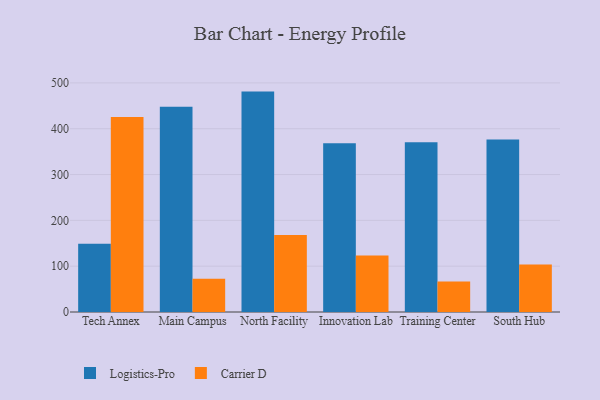
{"axis": {"x": "Campus", "y": "Backlog"}, "legend": ["Carrier D", "Logistics-Pro"], "data": [{"x": "Tech Annex", "y": 149.0, "type": "Logistics-Pro"}, {"x": "Tech Annex", "y": 425.6, "type": "Carrier D"}, {"x": "Main Campus", "y": 447.7, "type": "Logistics-Pro"}, {"x": "Main Campus", "y": 72.8, "type": "Carrier D"}, {"x": "North Facility", "y": 481.0, "type": "Logistics-Pro"}, {"x": "North Facility", "y": 168.0, "type": "Carrier D"}, {"x": "Innovation Lab", "y": 368.1, "type": "Logistics-Pro"}, {"x": "Innovation Lab", "y": 123.1, "type": "Carrier D"}, {"x": "Training Center", "y": 370.6, "type": "Logistics-Pro"}, {"x": "Training Center", "y": 66.7, "type": "Carrier D"}, {"x": "South Hub", "y": 376.2, "type": "Logistics-Pro"}, {"x": "South Hub", "y": 103.7, "type": "Carrier D"}]}